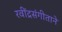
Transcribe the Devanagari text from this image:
रवींद्रसंगीताने